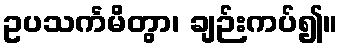
ဥပသင်္ကမိတွာ၊ ချဉ်းကပ်၍။